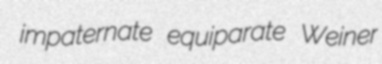
impaternate equiparate Weiner